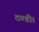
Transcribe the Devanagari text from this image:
ठण्डी।